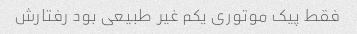
فقط پیک موتوری یکم غیر طبیعی بود رفتارش